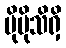
ပိုမိုသိရှိ